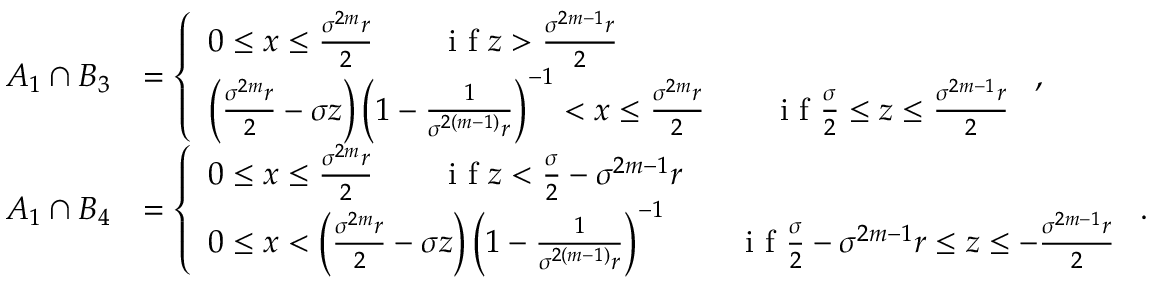
\begin{array} { r l } { A _ { 1 } \cap B _ { 3 } } & { = \left\{ \begin{array} { l l } { 0 \leq x \leq \frac { \sigma ^ { 2 m } r } { 2 } \qquad \textrm { i f } z > \frac { \sigma ^ { 2 m - 1 } r } { 2 } } \\ { \left( \frac { \sigma ^ { 2 m } r } { 2 } - \sigma z \right) \left( 1 - \frac { 1 } { \sigma ^ { 2 ( m - 1 ) } r } \right) ^ { - 1 } < x \leq \frac { \sigma ^ { 2 m } r } { 2 } \qquad \textrm { i f } \frac { \sigma } { 2 } \leq z \leq \frac { \sigma ^ { 2 m - 1 } r } { 2 } } \end{array} \right. , } \\ { A _ { 1 } \cap B _ { 4 } } & { = \left\{ \begin{array} { l l } { 0 \leq x \leq \frac { \sigma ^ { 2 m } r } { 2 } \qquad \textrm { i f } z < \frac { \sigma } { 2 } - \sigma ^ { 2 m - 1 } r } \\ { 0 \leq x < \left( \frac { \sigma ^ { 2 m } r } { 2 } - \sigma z \right) \left( 1 - \frac { 1 } { \sigma ^ { 2 ( m - 1 ) } r } \right) ^ { - 1 } \qquad \textrm { i f } \frac { \sigma } { 2 } - \sigma ^ { 2 m - 1 } r \leq z \leq - \frac { \sigma ^ { 2 m - 1 } r } { 2 } } \end{array} \right. . } \end{array}